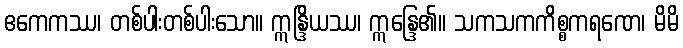
ဧကေကဿ၊ တစ်ပါးတစ်ပါးသော။ ဣန္ဒြိယဿ၊ ဣန္ဒြေ၏။ သကသကကိစ္စကရဏေ၊ မိမိ